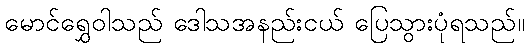
မောင်ရွှေဝါသည် ဒေါသအနည်းငယ် ပြေသွားပုံရသည်။